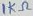
Text: 1KΩ